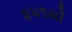
૨૫૧મો